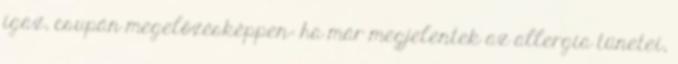
igaz, csupán megelőzésképpen: ha már megjelentek az allergia tünetei,